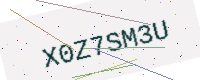
Text: X0Z7SM3U